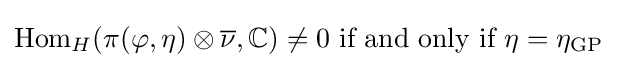
\operatorname {Hom} _{H}(\pi (\varphi ,\eta )\otimes {\overline {\nu }},\mathbb {C} )\neq 0{\text{ if and only if }}\eta =\eta _{\mathrm {GP} }